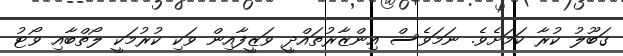
ގަބޫލު ކުރާ ކަމަށެވެ. ނަމަވެސް އިންޒާރުތައްދީ ވަޒީފާއިން ވަކި ކުރުމަކީ ލޯތްބާއި ވޯޓު